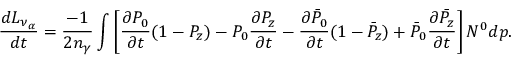
{ \frac { d L _ { \nu _ { \alpha } } } { d t } } = { \frac { - 1 } { 2 n _ { \gamma } } } \int \left[ { \frac { \partial P _ { 0 } } { \partial t } } ( 1 - P _ { z } ) - P _ { 0 } { \frac { \partial P _ { z } } { \partial t } } - { \frac { \partial \bar { P } _ { 0 } } { \partial t } } ( 1 - \bar { P } _ { z } ) + \bar { P } _ { 0 } { \frac { \partial \bar { P } _ { z } } { \partial t } } \right] N ^ { 0 } d p .